Civil Veterinary Department. United Provinces 1912-22 - 1912-1922
Year: 1912
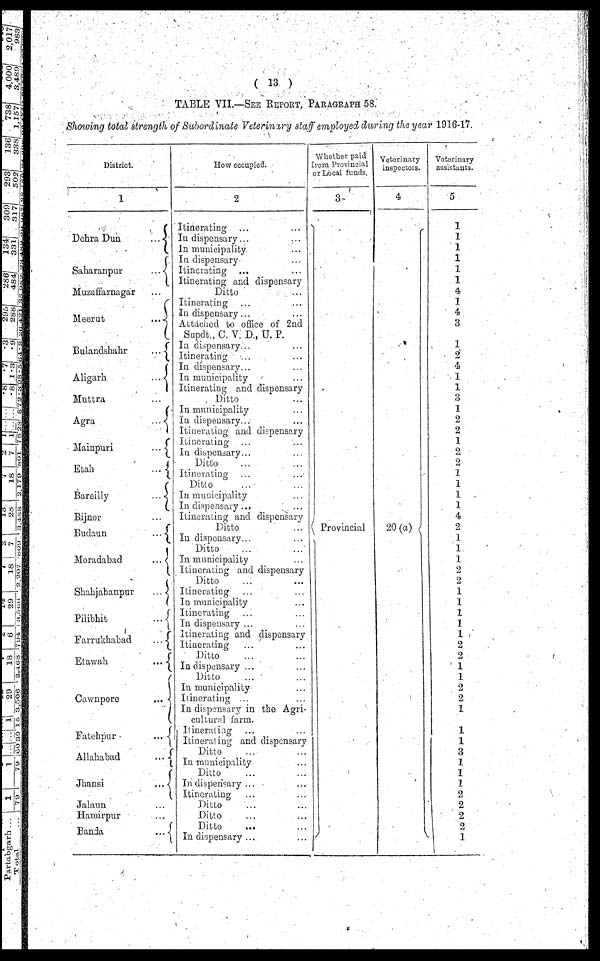
( 13 )
TABLE VII.—SEE REPORT, PARAGRAPH 58.
Showing total strength of Subordinate Veterinary staff employed during the year 1916-17.
District.
1
Dehra Dun
Saharanpur
Muzaffarnagar
Meerut
Bulandshahr
Aligarh
Muttra
Agra
Mainpuri
Etah
Bareilly
Bijnor
Budaun
Moradabad
Shahjahanpur
Pilibhit
Farrukhabad
Etawah
Cawnpore
Fatehpur
Allahabad
Jhansi
Jalaun
Hamirpur
Banda
...
...
...
...
...
...
...
...
...
...
...
...
...
...
...
...
...
...
...
...
...
...
...
...
...
How occupied.
9
Itinerating ...
...
In dispensary ... ...
In municipality ...
In dispensary ...
Itinerating ... ...
Itinerating and dispensary
Ditto ...
Itinerating ... ...
In dispensary ... ...
Attched to office of 2nd
Supdt., C. V. D., U. P.
In dispensary... ...
itinerating ... ...
In dispensary ... ...
In municipality ...
Itinerating and dispensary
Ditto ...
In municipality ...
In dispensary ... ...
Itinerating and dispensary
Itinerating ... ...
In dispensary... ...
Ditto ... ...
Itinerating
...
...
Ditto
...
...
In municipality
...
In dispensary
...
...
Itinerating and
dispensary
Ditto
...
In dispensary...
...
Ditto
...
...
In municipality
...
Itinerating and dispensary
Ditto ... ...
Itinerating... ...
In municipality ...
Itinerating ... ...
In dispensary ... ...
Itinerating and dispensary
Itinerating ... ...
Ditto ... ...
In dispensary ... ...
Ditto ... ...
In municipality ...
Itinerating ... ...
In dispensary in the Agri-
cultural farm.
Itinerating ... ...
Itinerating and dispensary
Ditto ... ...
In municipality ...
Ditto ... ...
In dispensary ... ...
Itinerating ... ...
Ditto ... ...
Ditto ... ...
Ditto ... ...
In dispensary ... ...
Whether paid
rom Provincial
or Local funds.
3
Provincial
Veterinary
inspectors.
4
20 (a)
Veterinary
assistants.
5
1
1
1
1
1
1
4
1
4
3
1
2
4
1
1
3
I
2
2
1
2
1
1
1
4
2
I
1
1
2
2
1
1
1
1
2
2
1
1
2
2
1
1
1
3
1
1
1
2
2
2
2
1